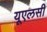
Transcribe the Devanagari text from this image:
यूएलसी